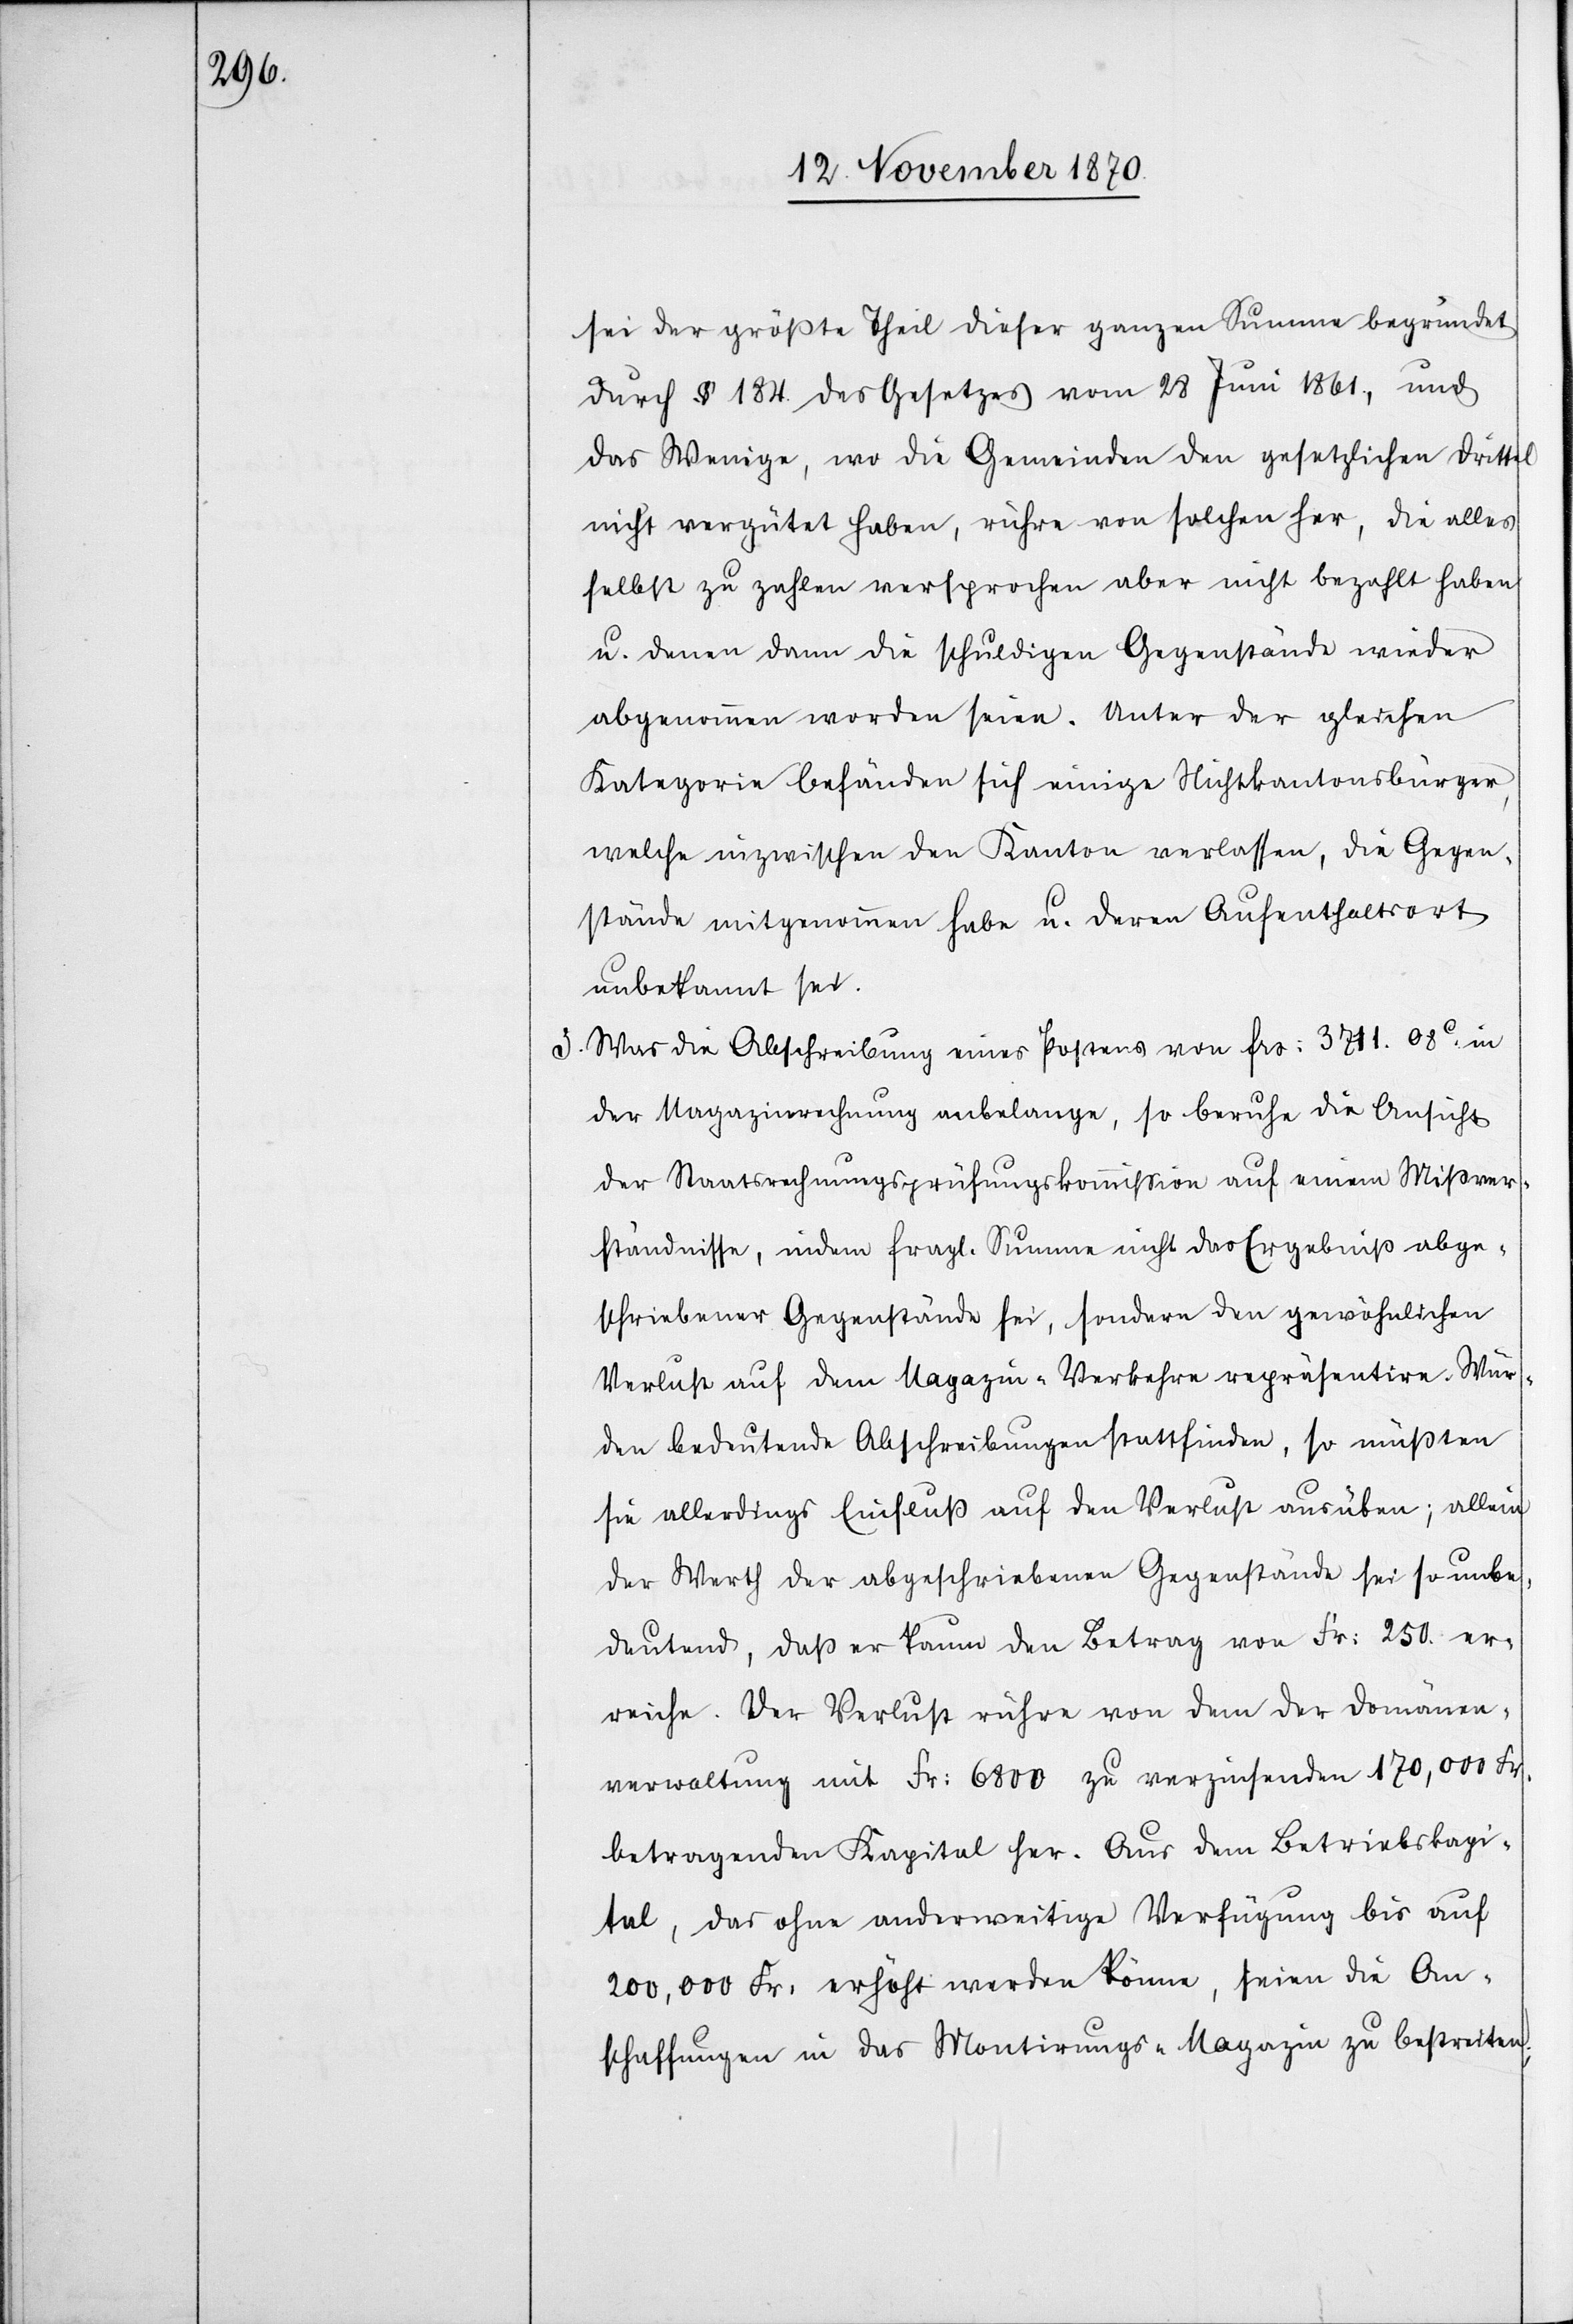
sei der größte Theil dieser ganzen Summe begründet
durch § 184. des Gesetzes vom 28 Juni 1861, und
das Wenige, wo die Gemeinden den gesetzlichen Drittel
nicht vergütet haben, rühre von solchen her, die alles
selbst zu zahlen versprochen aber nicht bezahlt haben
u. denen dann die schuldigen Gegenstände wieder
abgenommen worden seien. Unter der gleichen
Kategorie befänden sich einige Nichtkantonsbürger
welche inzwischen den Kanton verlassen, die Gegen¬
stände mitgenommen haben u. deren Aufenthaltsort
unbekannt sei.
3. Was die Abschreibung eines Postens von Frs: 3711. 08C. in
der Magazinrechnung anbelange, so beruhe die Ansicht
der Staatsrechnungsprüfungskommißion auf einem Mißver¬
ständnisse, indem fragl. Summe nicht das Ergebniß abge¬
schriebener Gegenstände sei, sondern den gewöhnlichen
Verlust auf dem Magazin-Verkehre repräsentire. Wür¬
den bedeutende Abschreibungen stattfinden, so müßten
sie allerdings Einfluß auf den Verlust ausüben; allein
der Werth der abgeschriebenen Gegenstände sei so unbe¬
deutend, daß er kaum den Betrag von Fr: 250. er¬
reiche. Der Verlust rühre von dem der Domänen¬
verwaltung mit Fr: 6800 zu verzinsenden 170,000 Fr.
betragenden Kapital her. Aus dem Betriebskapi¬
tal, das ohne anderweitige Verfügung bis auf
200,000 Fr: erhöht werden könne, seien die An¬
schaffungen in das Montirungs-Magazin zu bestreiten;